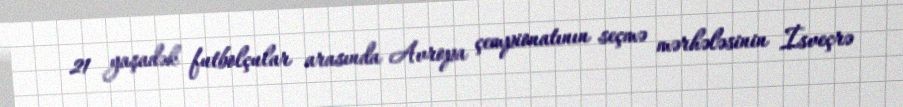
21 yaşadək futbolçular arasında Avropa çempionatının seçmə mərhələsinin İsveçrə